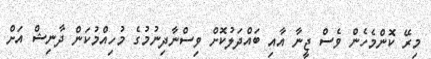
މިރޭ ކޮންމެހެން ވެސް ޖީނާ އާއި ބައްދަލުކޮށް ވިސްނާދިނުމުގެ މުހިއްމުކަން ދާނިޝް އަށް